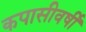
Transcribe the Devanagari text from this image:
कपासीवर्षी